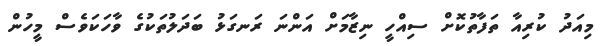
މިއަދު ކުރިއާ ތަފާތުކޮށް ސިއްހީ ނިޒާމަށް އަންނަ ރަނގަޅު ބަދަލުތަކުގެ ވާހަކަވެސް މީހުން